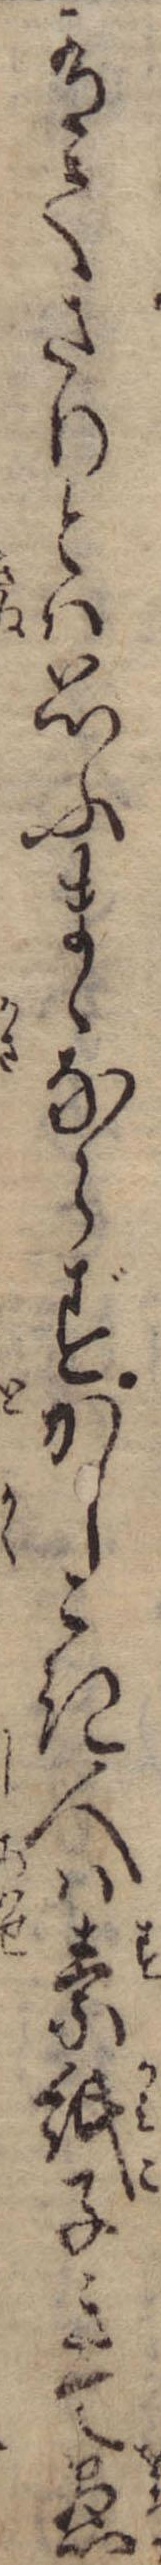
有てさりとは思ふまゝならずかしこき人は素紙子きて愚